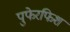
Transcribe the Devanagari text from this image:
पुफेरफिश